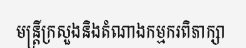
មន្ត្រីក្រសួងនិងតំណាងកម្មករពិភាក្សា